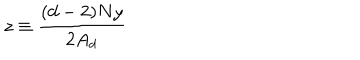
z \equiv \frac { ( d - 2 ) N y } { 2 A _ { d } }